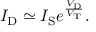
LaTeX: I _ { \mathrm { D } } \simeq I _ { \mathrm { S } } e ^ { \frac { V _ { \mathrm { D } } } { V _ { \mathrm { T } } } } .